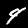
Label: 4